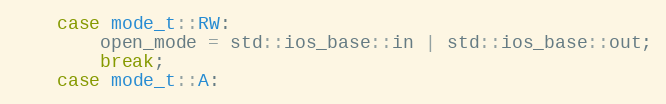
Language: C++
	case mode_t::RW:
		open_mode = std::ios_base::in | std::ios_base::out;
		break;
	case mode_t::A: